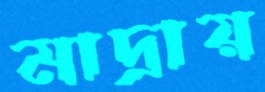
মাদ্রায়